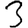
Digit: 3